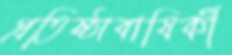
প্রতিষ্ঠাবাষির্কী